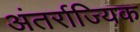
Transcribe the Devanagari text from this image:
अंतर्राज्यिक